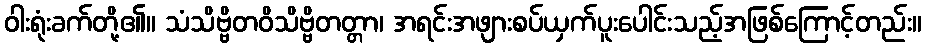
ဝါးရုံးခက်တို့၏။ သံသိဗ္ဗိတဝိသိဗ္ဗိတတ္တာ၊ အရင်းအဖျားစပ်ယှက်ပူးပေါင်းသည့်အဖြစ်ကြောင့်တည်း။